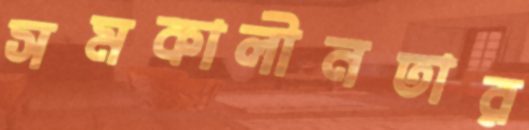
সমকালীনতার